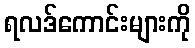
ရလဒ်ကောင်းများကို